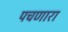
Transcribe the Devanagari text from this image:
पचणारा